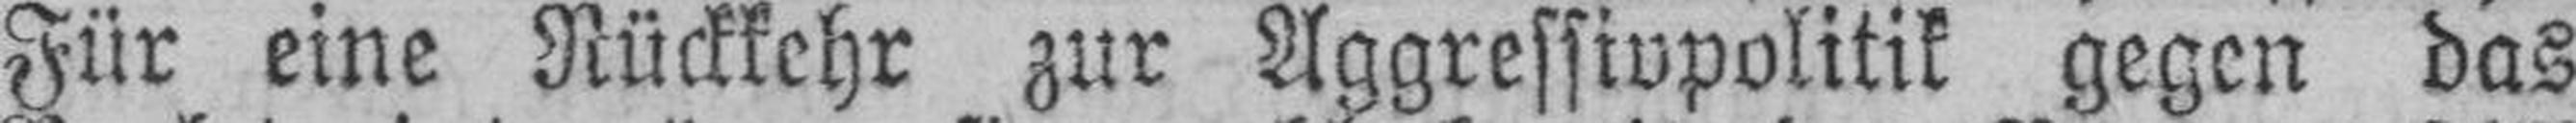
Für eine Rückkehr zur Aggressivpolitik gegen das